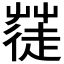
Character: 𮐓